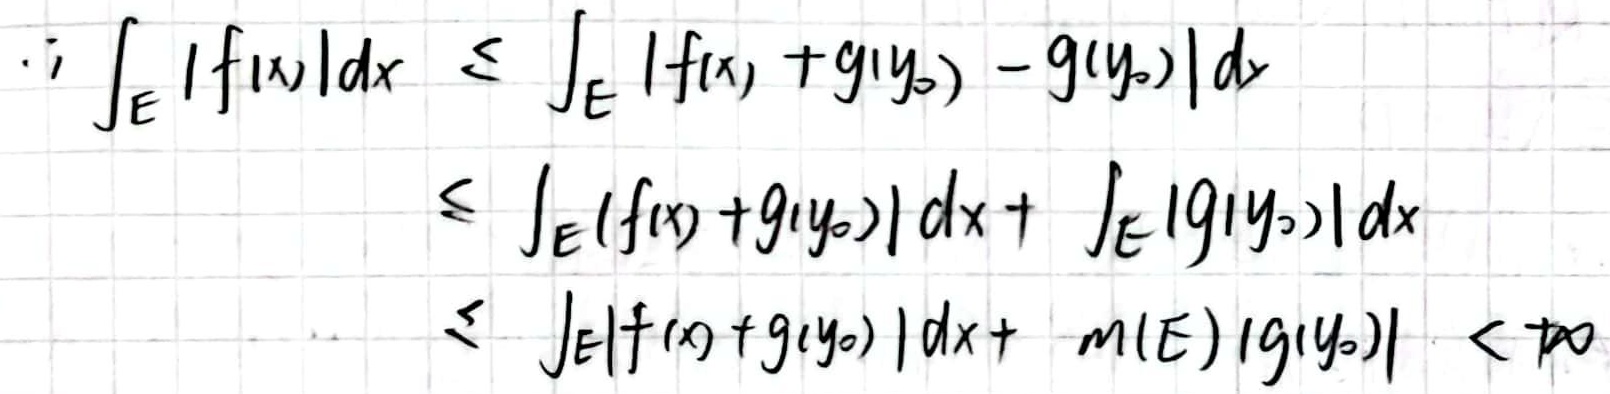
\[
\begin{align*}
\therefore\int_E |f(x)|dx&\leq\int_E |f(x)+g(y_0)-g(y_0)|dx\\
&\leq\int_E |f(x)+g(y_0)|dx+\int_E |g(y_0)|dx\\
&\leq\int_E |f(x)+g(y_0)|dx+m(E)|g(y_0)|<\infty
\end{align*}
\]